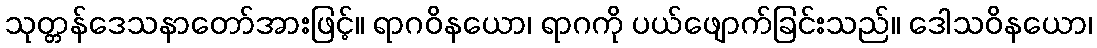
သုတ္တန်ဒေသနာတော်အားဖြင့်။ ရာဂဝိနယော၊ ရာဂကို ပယ်ဖျောက်ခြင်းသည်။ ဒေါသဝိနယော၊